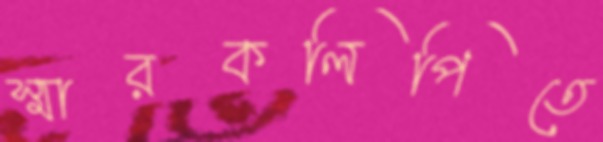
স্মারকলিপিতে